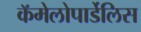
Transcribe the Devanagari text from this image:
कॅमेलोपार्डेलिस